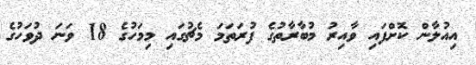
އިއުލާން ކޮށްފައި ވާއިރު މުބާރާތުގެ ފުރަތަމަ މެޗުގައި މިމަހުގެ 18 ވަނަ ދުވަހުގެ